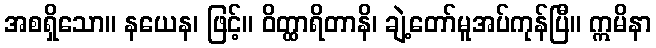
အစရှိသော။ နယေန၊ ဖြင့်။ ဝိတ္ထာရိတာနိ၊ ချဲ့တော်မူအပ်ကုန်ပြီ။ ဣမိနာ